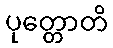
ပုတ္တောတိ